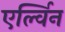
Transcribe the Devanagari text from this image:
एर्ल्विन